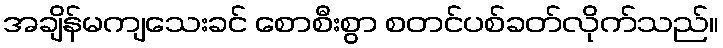
အချိန်မကျသေးခင် စောစီးစွာ စတင်ပစ်ခတ်လိုက်သည်။